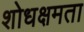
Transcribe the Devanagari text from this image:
शोधक्षमता